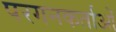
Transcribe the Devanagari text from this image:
परगनकर्ताओं